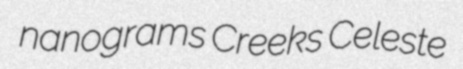
nanograms Creeks Celeste